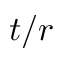
t / r